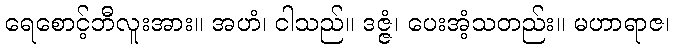
ရေစောင့်ဘီလူးအား။ အဟံ၊ ငါသည်။ ဒဇ္ဇံ၊ ပေးအံ့သတည်း။ မဟာရာဇ၊